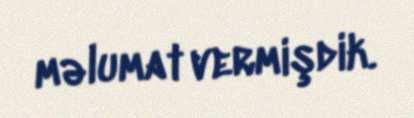
məlumat vermişdik.